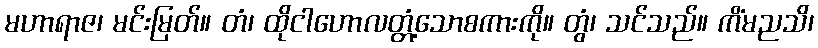
မဟာရာဇ၊ မင်းမြတ်။ တံ၊ ထိုငါဟောလတ္တံ့သောစကားကို။ တွံ၊ သင်သည်။ ကိံမညသိ၊